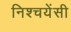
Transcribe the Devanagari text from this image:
निश्चयेंसी